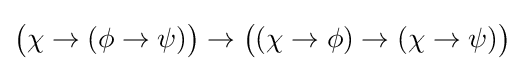
{\big (}\chi \to (\phi \to \psi ){\big )}\to {\big (}(\chi \to \phi )\to (\chi \to \psi ){\big )}